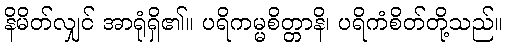
နိမိတ်လျှင် အာရုံရှိ၏။ ပရိကမ္မစိတ္တာနိ၊ ပရိကံစိတ်တို့သည်။